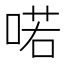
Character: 喏